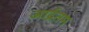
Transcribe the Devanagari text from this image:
आर्द्रतम